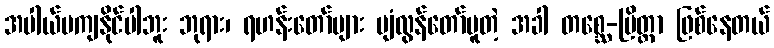
အပါယ်မကျနိုင်ပါဘူး ဘုရား၊ ရဟန်းတော်များ ပျံလွန်တော်မူတဲ့ အခါ တစ္ဆေ-ပြိတ္တာ ဖြစ်နေတယ်